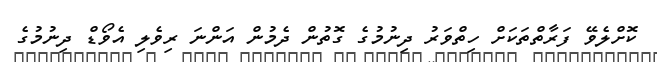
ކޮށްލެވޭ ފަރާތްތަކަށް ހިތްވަރު ދިނުމުގެ ގޮތުން ދެމުން އަންނަ ރިވެލި އެވޯޑް ދިނުމުގެ